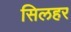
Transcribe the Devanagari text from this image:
सिलहर